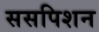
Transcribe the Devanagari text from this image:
ससपिशन